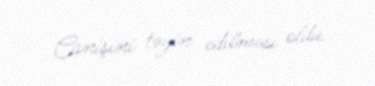
Canişini təyin edilməsi oldu.